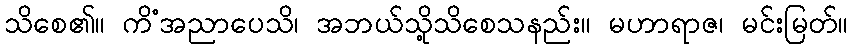
သိစေ၏။ ကိံအညာပေသိ၊ အဘယ်သို့သိစေသနည်း။ မဟာရာဇ၊ မင်းမြတ်။